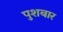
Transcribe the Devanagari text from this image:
पुशबार